Scottish Leaving Certificate Examination, 1961
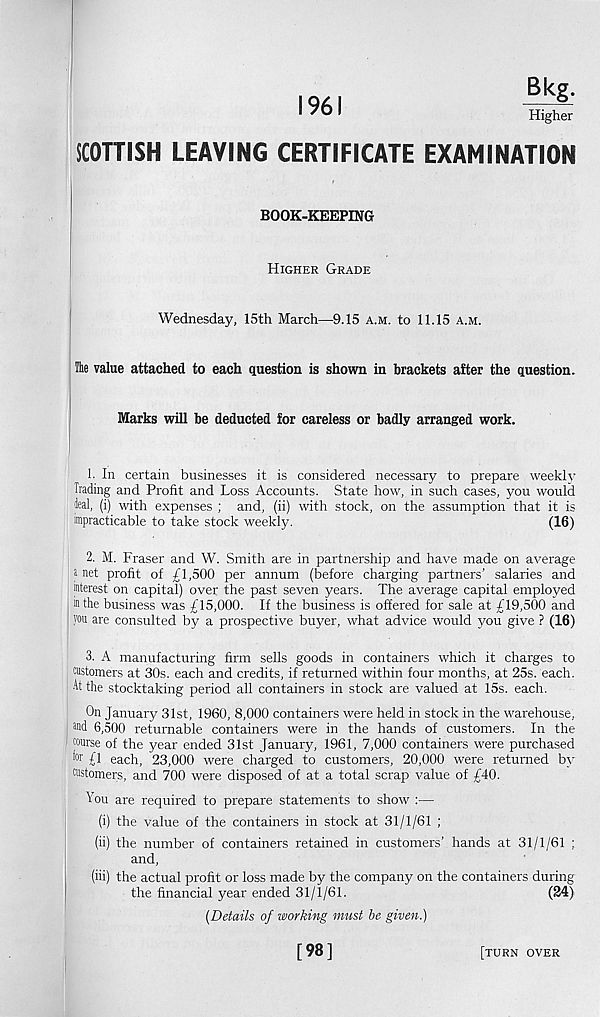
1961
Higher
SCOTTISH LEAVING CERTIFICATE EXAMINATION
f
BOOK-KEEPING
Higher Grade
Wednesday, 15th March—9.15 a.m. to 11.15 a.m.
The value attached to each question is shown in brackets after the question.
Marks will be deducted for careless or badly arranged work.
1. In certain businesses it is considered necessary to prepare weekly
Trading and Profit and Loss Accounts. State how, in such cases, you would
deal, (i) with expenses ; and, (ii) with stock, on the assumption that it is
impracticable to take stock weekly.
(16)
2. M. Fraser and W. Smith are in partnership and have made on average
s net profit of £1,500 per annum (before charging partners’ salaries and
interest on capital) over the past seven years. The average capital employed
in the business was £15,000. If the business is offered for sale at £19,500 and
you are consulted by a prospective buyer, what advice would you give ? (16)
3. A manufacturing firm sells goods in containers which it charges to
cnstomers at 30s. each and credits, if returned within four months, at 25s. each.
At the stocktaking period all containers in stock are valued at 15s. each.
On January 31st, 1960, 8,000 containers were held in stock in the warehouse,
®d 6,500 returnable containers were in the hands of customers. In the
course of the year ended 31st January, 1961, 7,000 containers were purchased
f°r £1 each, 23,000 were charged to customers, 20,000 were returned by
customers, and 700 were disposed of at a total scrap value of £40.
You are required to prepare statements to show :—
(i) the value of the containers in stock at 31/1/61 ;
(ii) the number of containers retained in customers’ hands at 31/1/61 ;
and,
(iii) the actual profit or loss made by the company on the containers during
the financial year ended 31/1/61.
(24)
(Details of working must be given.)
[98]
[turn over